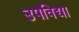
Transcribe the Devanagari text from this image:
उपविद्या